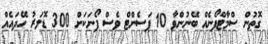
ގޮތުން ސްމާޓްފޯނެއް ބޭނުންވާ 10 ޕަސެންޓް ވެސް ފޯނަކަށް 300 ޑޮލަރު ހޭދައެއް